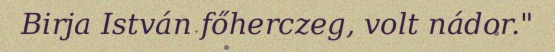
Birja István főherczeg, volt nádor."